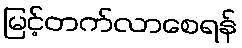
မြင့်တက်လာစေရန်